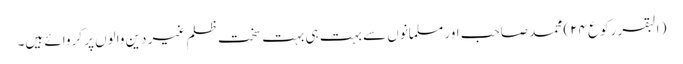
( البقر رکوع ۲۴) محمد صاحب اور مسلمانوں سے بہت ہی بہت سخت ظلم غیر دین والوں پر کروائے ہیں۔